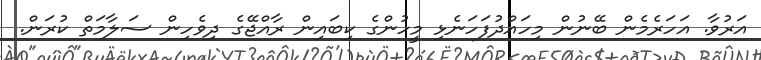
އަރުވާ. އަހަރެމެން ބޭނުން މިހައްދުފަހަނެޅި މީހުންގެ ކިބައިން ރާއްޖޭގެ ދިވެހިން ސަލާމަތް ކުރަން.